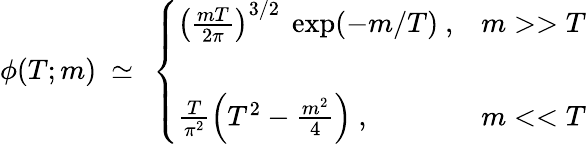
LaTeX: \phi(T;m)~\simeq~\left\{ \begin{array}{ll}{{\left(\frac{mT}{2\pi}\right)^{3/2}~\exp(-m/T)~,}}&{{m>>T}}\\ {{}}&{{}}\\ {{\frac{T}{\pi^{2}}\left(T^{2}-\frac{m^{2}}{4}\right)~,}}&{{m<<T}}\end{array}\right.